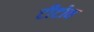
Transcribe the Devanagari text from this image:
टीटोव